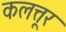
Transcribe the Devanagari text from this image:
कलत्तूर